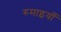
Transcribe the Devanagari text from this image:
रुमाइयाँ